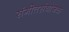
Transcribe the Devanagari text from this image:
संगीतसंयोजक